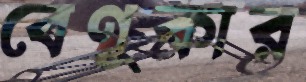
বেণুকার